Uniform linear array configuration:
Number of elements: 12
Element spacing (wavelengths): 0.25
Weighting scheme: blackman
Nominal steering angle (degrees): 15
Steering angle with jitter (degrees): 15.262
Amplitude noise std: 0.05
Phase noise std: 0.05

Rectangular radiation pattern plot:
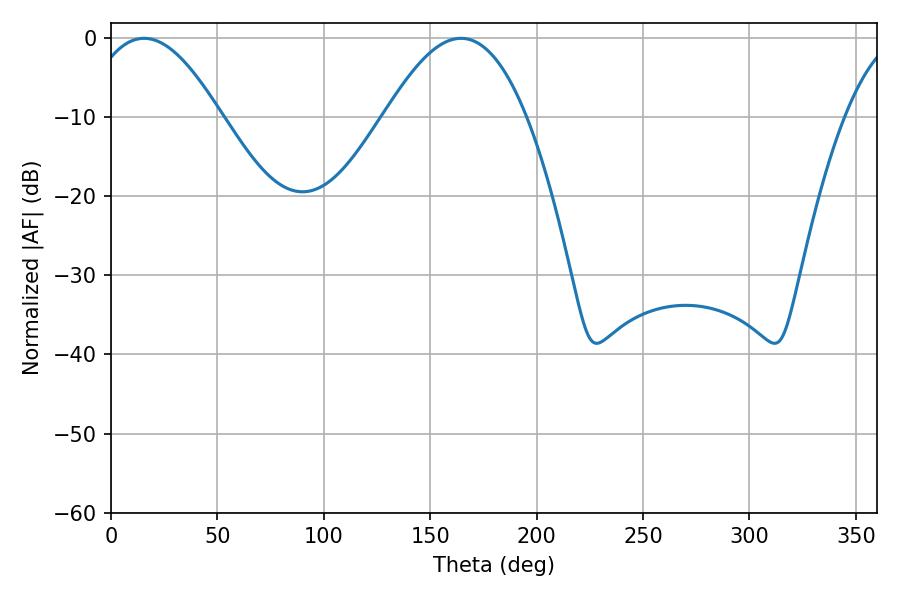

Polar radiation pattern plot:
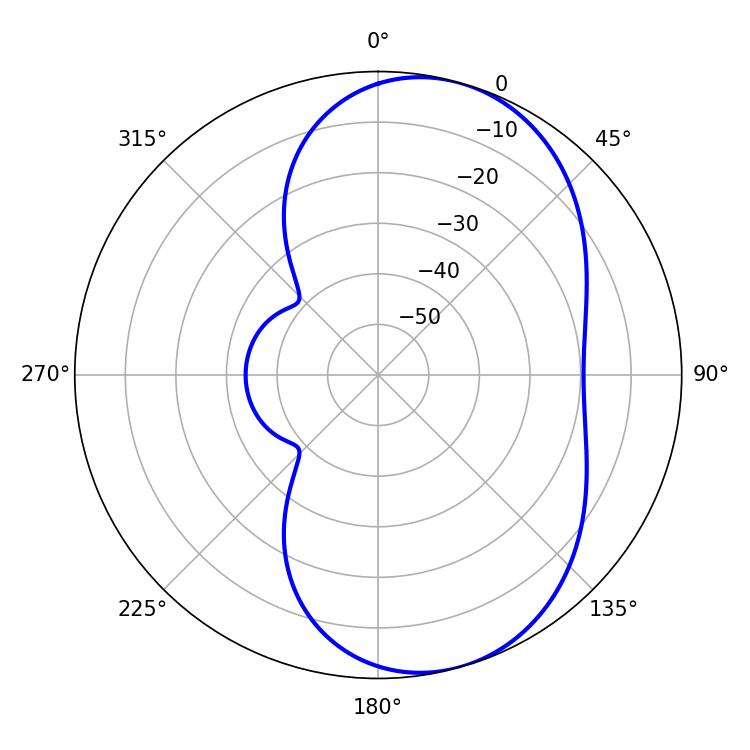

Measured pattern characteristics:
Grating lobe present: FALSE
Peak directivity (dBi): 6.877
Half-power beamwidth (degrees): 34.56
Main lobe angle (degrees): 15.48